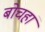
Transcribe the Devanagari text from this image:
बोचहां